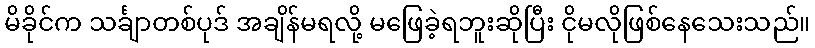
မိခိုင်က သင်္ချာတစ်ပုဒ် အချိန်မရလို့ မဖြေခဲ့ရဘူးဆိုပြီး ငိုမလိုဖြစ်နေသေးသည်။